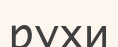
рухи